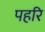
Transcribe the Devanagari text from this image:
पहरि